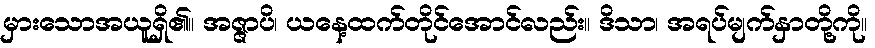
မှားသောအယူရှိ၏။ အဇ္ဇာပိ၊ ယနေ့ထက်တိုင်အောင်လည်း။ ဒိသာ၊ အရပ်မျက်နှာတို့ကို။